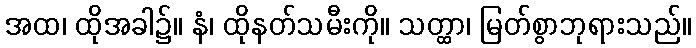
အထ၊ ထိုအခါ၌။ နံ၊ ထိုနတ်သမီးကို။ သတ္ထာ၊ မြတ်စွာဘုရားသည်။